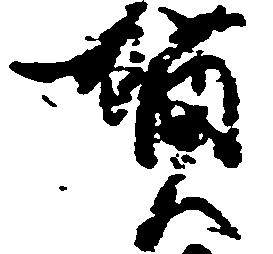
賀